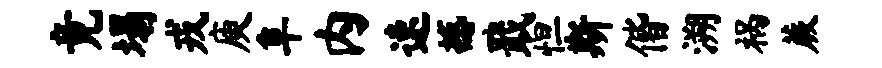
竟塌戎庾阜内速撼戢怛斯偕溯祸蕨